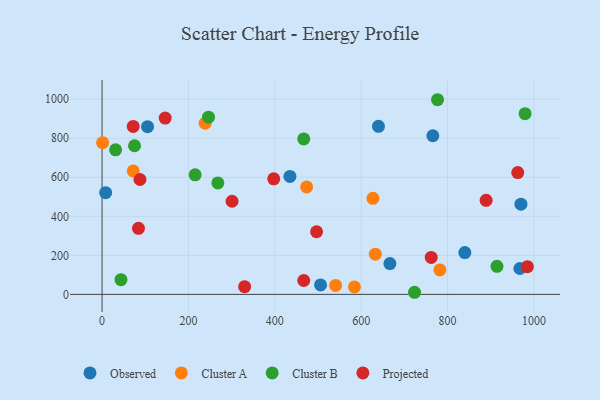
{"axis": {"x": "Speed", "y": "Demand"}, "legend": ["Cluster A", "Cluster B", "Observed", "Projected"], "data": [{"x": "666.5", "y": 157.7, "type": "Observed"}, {"x": "105.3", "y": 859.5, "type": "Observed"}, {"x": "840.0", "y": 214.2, "type": "Observed"}, {"x": "8.3", "y": 521.1, "type": "Observed"}, {"x": "765.9", "y": 812.7, "type": "Observed"}, {"x": "969.9", "y": 462.3, "type": "Observed"}, {"x": "640.0", "y": 861.3, "type": "Observed"}, {"x": "967.4", "y": 132.5, "type": "Observed"}, {"x": "505.9", "y": 48.5, "type": "Observed"}, {"x": "435.0", "y": 604.3, "type": "Observed"}, {"x": "238.7", "y": 877.1, "type": "Cluster A"}, {"x": "584.4", "y": 38.1, "type": "Cluster A"}, {"x": "473.7", "y": 550.8, "type": "Cluster A"}, {"x": "72.1", "y": 632.8, "type": "Cluster A"}, {"x": "782.2", "y": 125.4, "type": "Cluster A"}, {"x": "1.3", "y": 777.5, "type": "Cluster A"}, {"x": "540.7", "y": 45.8, "type": "Cluster A"}, {"x": "632.8", "y": 206.0, "type": "Cluster A"}, {"x": "627.2", "y": 492.3, "type": "Cluster A"}, {"x": "723.5", "y": 10.7, "type": "Cluster B"}, {"x": "979.5", "y": 925.7, "type": "Cluster B"}, {"x": "43.8", "y": 75.2, "type": "Cluster B"}, {"x": "268.1", "y": 571.2, "type": "Cluster B"}, {"x": "914.4", "y": 143.5, "type": "Cluster B"}, {"x": "215.5", "y": 612.7, "type": "Cluster B"}, {"x": "467.0", "y": 796.4, "type": "Cluster B"}, {"x": "246.5", "y": 908.1, "type": "Cluster B"}, {"x": "75.2", "y": 761.6, "type": "Cluster B"}, {"x": "31.3", "y": 740.7, "type": "Cluster B"}, {"x": "776.8", "y": 997.4, "type": "Cluster B"}, {"x": "301.0", "y": 477.2, "type": "Projected"}, {"x": "84.3", "y": 338.6, "type": "Projected"}, {"x": "330.1", "y": 39.4, "type": "Projected"}, {"x": "962.5", "y": 624.3, "type": "Projected"}, {"x": "496.7", "y": 320.8, "type": "Projected"}, {"x": "146.2", "y": 903.5, "type": "Projected"}, {"x": "87.8", "y": 588.6, "type": "Projected"}, {"x": "72.1", "y": 860.5, "type": "Projected"}, {"x": "397.5", "y": 592.3, "type": "Projected"}, {"x": "984.8", "y": 141.8, "type": "Projected"}, {"x": "889.3", "y": 481.7, "type": "Projected"}, {"x": "762.1", "y": 189.5, "type": "Projected"}, {"x": "467.0", "y": 71.1, "type": "Projected"}]}